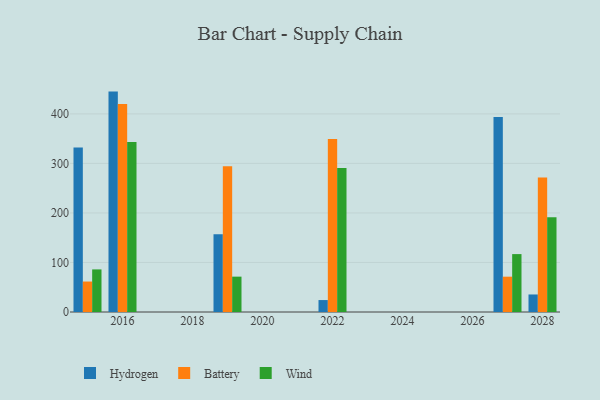
{"axis": {"x": "Year", "y": "Latency (ms)"}, "legend": ["Battery", "Hydrogen", "Wind"], "data": [{"x": "2022", "y": 24.1, "type": "Hydrogen"}, {"x": "2022", "y": 349.1, "type": "Battery"}, {"x": "2022", "y": 290.9, "type": "Wind"}, {"x": "2027", "y": 393.8, "type": "Hydrogen"}, {"x": "2027", "y": 71.3, "type": "Battery"}, {"x": "2027", "y": 116.9, "type": "Wind"}, {"x": "2016", "y": 445.0, "type": "Hydrogen"}, {"x": "2016", "y": 420.0, "type": "Battery"}, {"x": "2016", "y": 343.2, "type": "Wind"}, {"x": "2019", "y": 157.0, "type": "Hydrogen"}, {"x": "2019", "y": 294.3, "type": "Battery"}, {"x": "2019", "y": 71.4, "type": "Wind"}, {"x": "2015", "y": 332.2, "type": "Hydrogen"}, {"x": "2015", "y": 61.5, "type": "Battery"}, {"x": "2015", "y": 86.0, "type": "Wind"}, {"x": "2028", "y": 35.4, "type": "Hydrogen"}, {"x": "2028", "y": 271.8, "type": "Battery"}, {"x": "2028", "y": 191.1, "type": "Wind"}]}